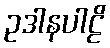
ဥဒါနပါဠိ